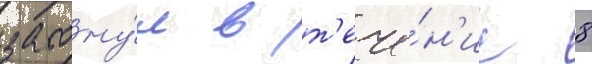
затону́л в т'ече́н'ие 8